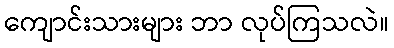
ကျောင်းသားများ ဘာ လုပ်ကြသလဲ။